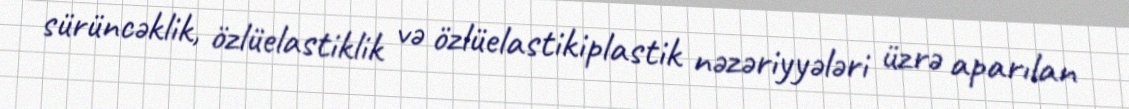
sürüncəklik, özlüelastiklik və özlüelastikiplastik nəzəriyyələri üzrə aparılan